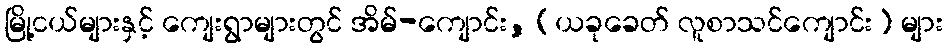
မြို့ငယ်များနှင့် ကျေးရွာများတွင် အိမ်-ကျောင်း, (ယခုခေတ် လူစာသင်ကျောင်း) များ